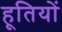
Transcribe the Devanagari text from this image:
हूतियों